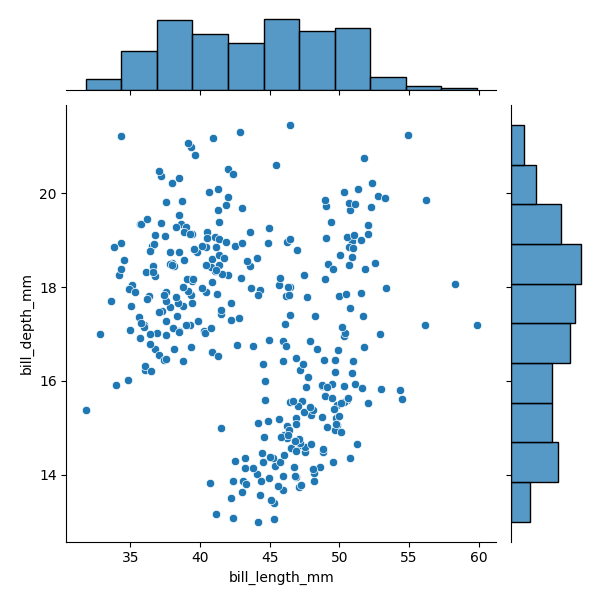
python, seaborn, JointGrid, scatterplot, histplot